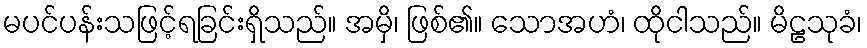
မပင်ပန်းသဖြင့်ရခြင်းရှိသည်။ အမှိ၊ ဖြစ်၏။ သောအဟံ၊ ထိုငါသည်။ မိဠသုခံ၊